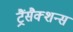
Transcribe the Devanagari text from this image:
ट्रैंसैक्शन्स